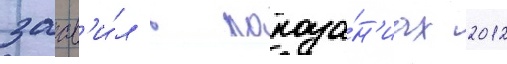
заав'и́л в показа́н'иах 2012